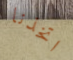
اتخذنا